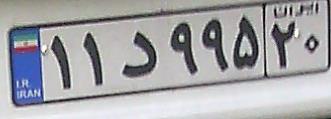
۱۱د۹۹۵۲۰